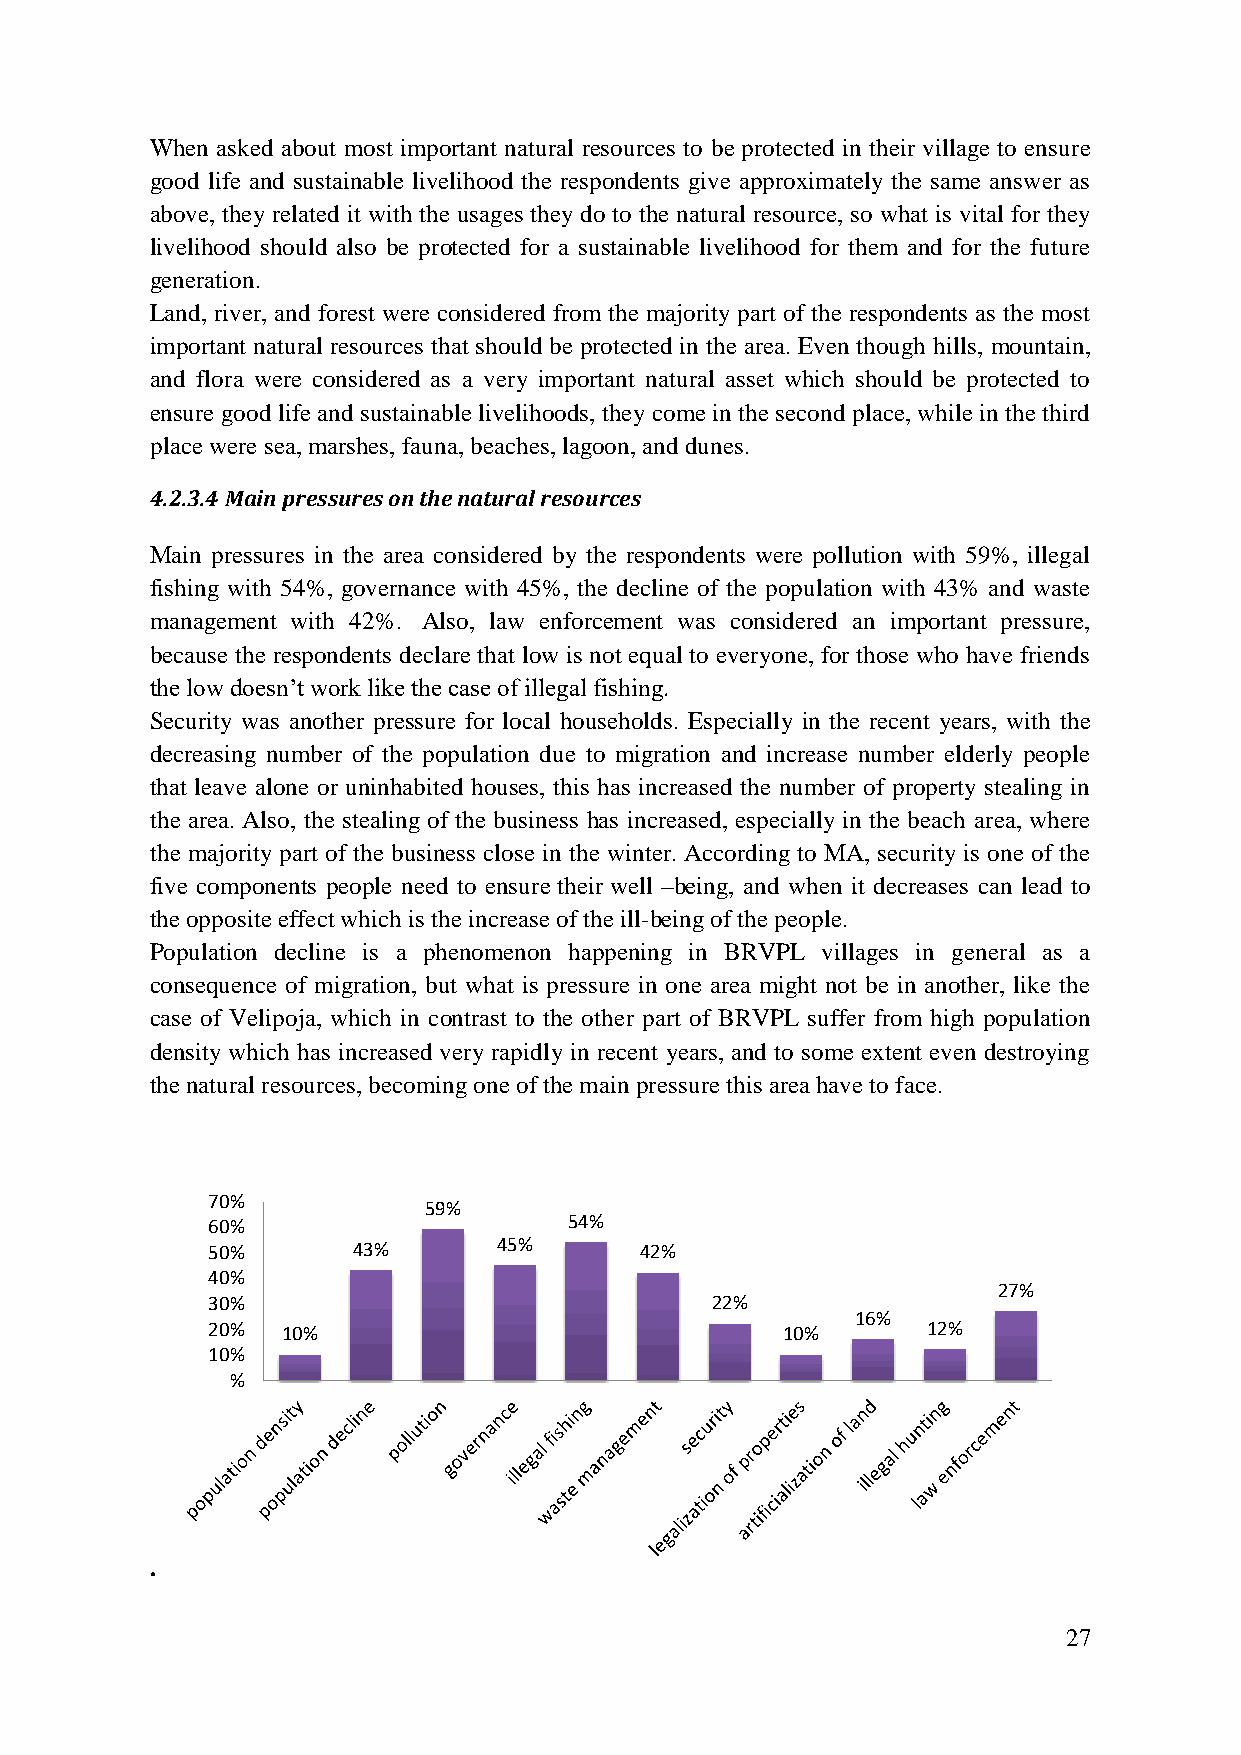
When asked about most important natural resources to be protected in their village to ensure
 good life and sustainable livelihood the respondents give approximately the same answer as
 above, they related it with the usages they do to the natural resource, so what is vital for they
 livelihood should also be protected for a sustainable livelihood for them and for the future
 generation.
 Land, river, and forest were considered from the majority part of the respondents as the most
 important natural resources that should be protected in the area. Even though hills, mountain,
 and flora were considered as a very important natural asset which should be protected to
 ensure good life and sustainable livelihoods, they come in the second place, while in the third
 place were sea, marshes, fauna, beaches, lagoon, and dunes.
 4.2.3.4 Main pressures on the natural resources
 Main pressures in the area considered by the respondents were pollution with 59%, illegal
 fishing with 54%, governance with 45%, the decline of the population with 43% and waste
 management with 42%. Also, law enforcement was considered an important pressure,
 because the respondents declare that low is not equal to everyone, for those who have friends
 the low doesn‟t work like the case of illegal fishing.
 Security was another pressure for local households. Especially in the recent years, with the
 decreasing number of the population due to migration and increase number elderly people
 that leave alone or uninhabited houses, this has increased the number of property stealing in
 the area. Also, the stealing of the business has increased, especially in the beach area, where
 the majority part of the business close in the winter. According to MA, security is one of the
 five components people need to ensure their well –being, and when it decreases can lead to
 the opposite effect which is the increase of the ill-being of the people.
 Population decline is a phenomenon happening in BRVPL villages in general as a
 consequence of migration, but what is pressure in one area might not be in another, like the
 case of Velipoja, which in contrast to the other part of BRVPL suffer from high population
 density which has increased very rapidly in recent years, and to some extent even destroying
 the natural resources, becoming one of the main pressure this area have to face.
 70%
 59%
 60%                     54%
 50%      43%       45%      42%
 40%
 27%
 30%                              22%
 16%
 20%  10%                              10%      12%
 10%
 %
 .
 27